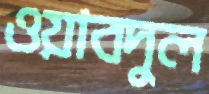
ওয়াবদুল